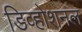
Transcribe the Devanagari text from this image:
डिव्होशनल